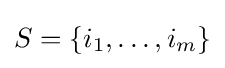
S=\left\{i_{1},\dots ,i_{m}\right\}